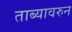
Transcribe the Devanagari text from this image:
ताब्यावरुन